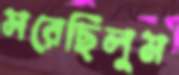
সরেছিলুম